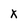
Character: X